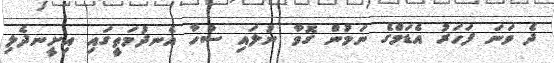
ދެ ވަނަ ފަހަރު އެޑަމްގެ ނަމުން ގޮވާ ނުލައި ސުހާ އެނދުމަތީގައި އިށީނދެލި